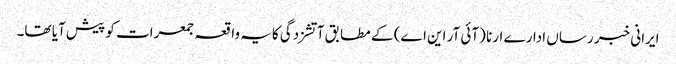
ایرانی خبر رساں ادارے ارنا (آئی آر این اے) کے مطابق آتشزدگی کایہ واقعہ جمعرات کو پیش آیا تھا۔